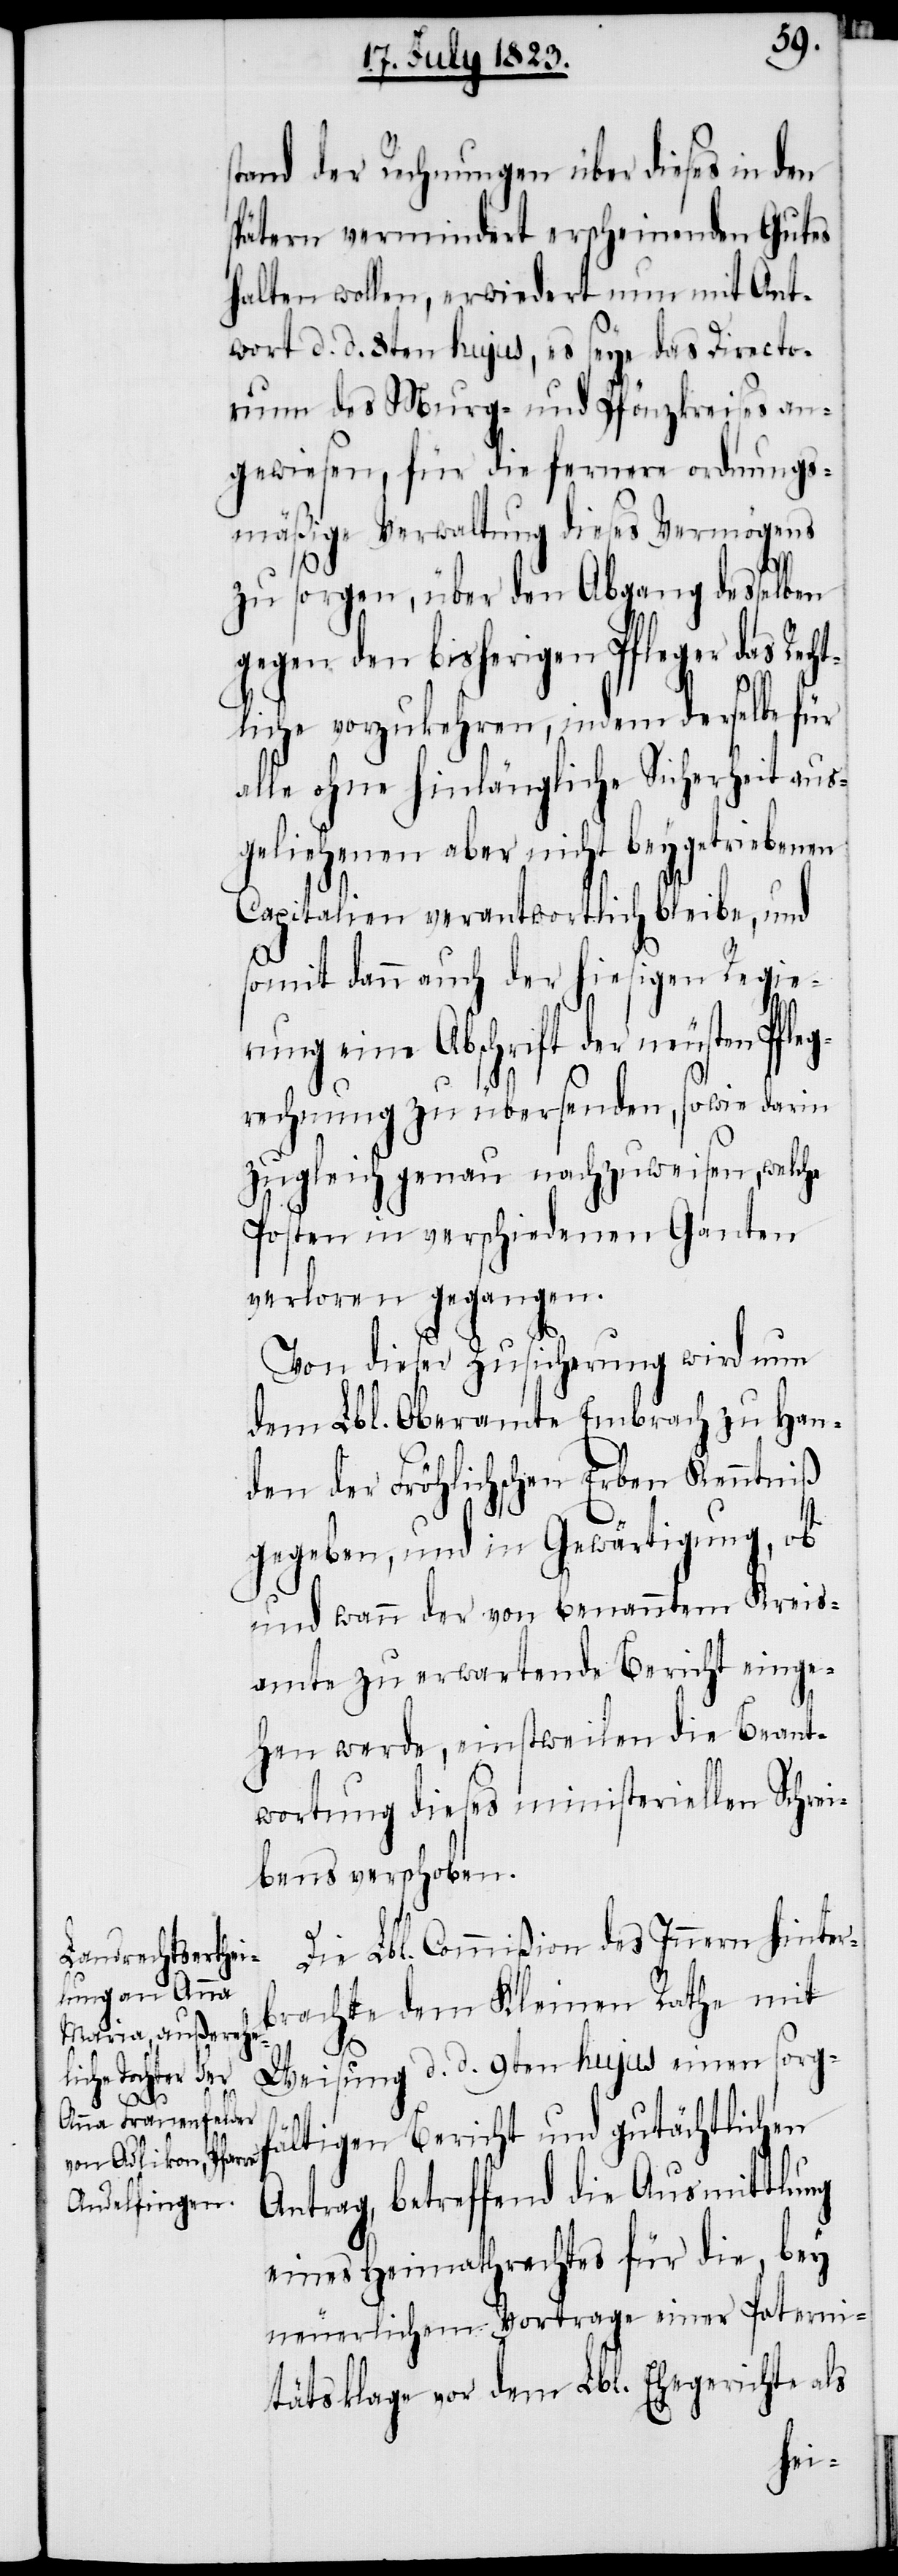
tand der Rechnungen über dieses in den
spätern vermindert erscheinenden Gutes
halten wollen, erwiedert nun mit Ant¬
wort d. d. 8ten hujus, es seye das Directo¬
rium des Murg- und Pfönzkreises an¬
gewiesen, für die fernere ordnungs¬
mäßige Verwaltung dieses Vermögens
zu sorgen, über den Abgang desselben
gegen den bisherigen Pfleger das Rec¬
htliche vorzukehren, indem derselbe für
alle ohne hinlängliche Sicherheit aus¬
geliehenen aber nicht beygetriebenen
Capitalien verantwortlich bleibe, und
somit dann auch der hiesigen Regie¬
rung eine Abschrift der neusten Pfle¬
grechnung zu übersenden, sowie darin
zugleich genau nachzuweisen, welche
Posten in verschiedenen Ganten
verloren gegangen.
Von dieser Zusicherung wird nun
dem Lbl. Oberamte Embrach zu Han¬
den der Fröhlichen Erben Kenntniß
gegeben, und in Gewärtigung, ob
und wann der von benanntem Kreis¬
amte zu erwartende Bericht einge¬
hen werde, einstweilen die Beant¬
wortung dieses ministeriellen Schrei¬
bens verschoben.
Die Lbl. Commißion des Innern hinter¬
brachte dem Kleinen Rathe mit
Weisung d. d. 9ten hujus einen sorgf¬
ältigen Bericht und gutächtlichen
Antrag, betreffend die Ausmittlung
eines Heimathrechtes für die, bey
neuerlichem Vortrage einer Paterni¬
tätsklage vor dem Lbl. Ehegerichte als
s¬